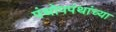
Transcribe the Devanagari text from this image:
पंथोपपंथांच्या